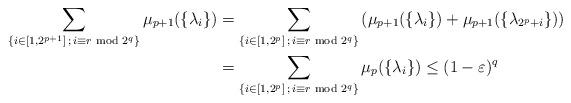
LaTeX: \begin{align*} \sum_{\{i\in[1,2^{p+1}]\,;\,i\equiv r\!\!\!\!\mod 2^{q}\}}\mu _{p+1}(\{\lambda _{i}\})&=\sum_{\{i\in[1,2^{p}]\,;\,i\equiv r\!\!\!\!\mod 2^{q}\}}\left(\mu _{p+1}(\{\lambda _{i}\})+\mu _{p+1}(\{\lambda _{2^p+i}\})\right)\\&=\sum_{\{i\in[1,2^{p}]\,;\,i\equiv r\!\!\!\!\mod 2^{q}\}}\mu _{p}(\{\lambda _{i}\})\le(1-\varepsilon )^{q}\end{align*}